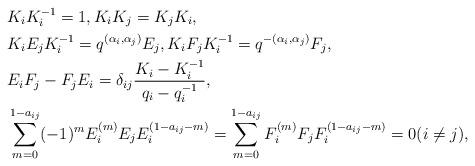
LaTeX: \begin{align*}&K_iK_i^{-1}=1,K_iK_j=K_jK_i,\\&K_iE_jK_i^{-1}=q^{(\alpha_i,\alpha_j)}E_j,K_iF_jK_i^{-1}=q^{-(\alpha_i,\alpha_j)}F_j,\\&E_iF_j-F_jE_i=\delta_{ij}\frac{K_i-K_i^{-1}}{q_i-q_i^{-1}},\\&\sum_{m=0}^{1-a_{ij}}(-1)^m E_i^{(m)}E_j E_i^{(1-a_{ij}-m)}=\sum_{m=0}^{1-a_{ij}}F_i^{(m)}F_j F_i^{(1-a_{ij}-m)}=0(i\neq j),\end{align*}